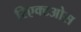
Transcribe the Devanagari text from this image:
रिएक्टओस